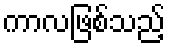
ကာလဖြစ်သည့်